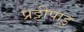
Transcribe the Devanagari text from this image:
प्रट्टीपाडु